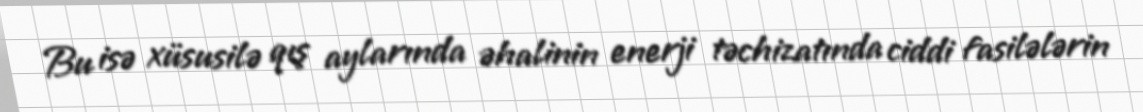
Bu isə xüsusilə qış aylarında əhalinin enerji təchizatında ciddi fasilələrin